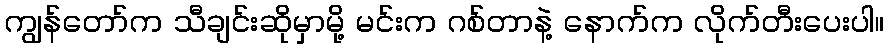
ကျွန်တော်က သီချင်းဆိုမှာမို့ မင်းက ဂစ်တာနဲ့ နောက်က လိုက်တီးပေးပါ။